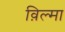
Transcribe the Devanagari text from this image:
व़िल्मा